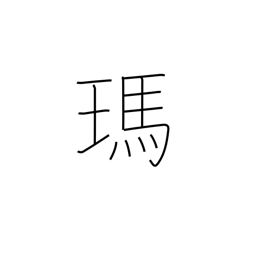
Meaning: agate